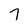
Character: 7